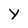
Character: Y